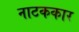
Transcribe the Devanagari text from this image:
नाटककार